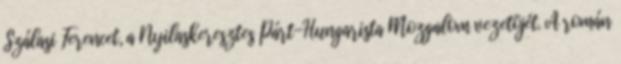
Szálasi Ferencet, a Nyilaskeresztes Párt-Hungarista Mozgalom vezetõjét. A román